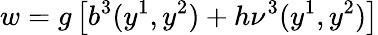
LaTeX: w=g\left[b^{3}(y^{1},y^{2})+h\nu^{3}(y^{1},y^{2})\right]